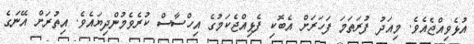
އުޅެވިއްޖެއެވެ. މިއަދު ފުރަތަމަ ފަހަރަށް އެބޮކި ފެޅިއްޖެކަމުގެ އިހްސާސް ކުރެވެމުންދިޔައެވެ. އިތުރަށް އޭނަގެ